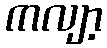
ကလျာ့